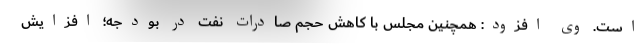
است. وی افزود: همچنین مجلس با کاهش حجم صادرات نفت در بودجه؛ افزایش